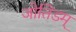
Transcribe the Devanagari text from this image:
जोतिडम्